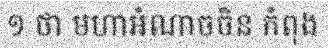
១ ថា មហាអំណាចចិន កំពុង